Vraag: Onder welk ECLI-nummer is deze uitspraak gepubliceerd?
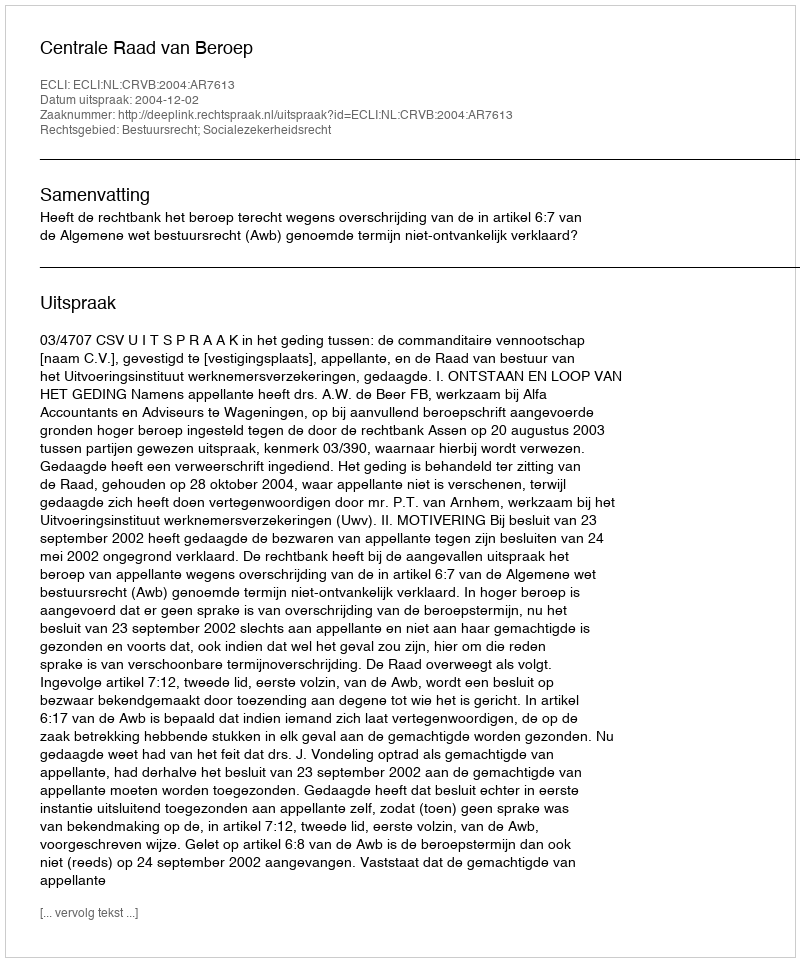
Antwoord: ECLI:NL:CRVB:2004:AR7613